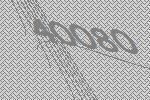
40080